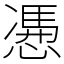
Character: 慿